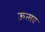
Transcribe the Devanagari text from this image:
ऊत्सव